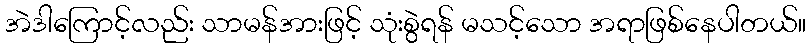
အဲဒါကြောင့်လည်း သာမန်အားဖြင့် သုံးစွဲရန် မသင့်သော အရာဖြစ်နေပါတယ်။